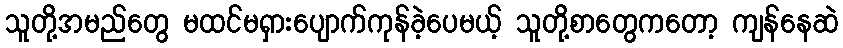
သူတို့အမည်တွေ မထင်မရှားပျောက်ကုန်ခဲ့ပေမယ့် သူတို့စာတွေကတော့ ကျန်နေဆဲ